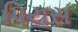
પિયસ